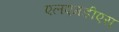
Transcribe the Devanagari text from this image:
एलएमडीएस